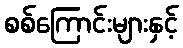
စစ်ကြောင်းများနှင့်